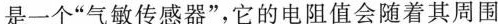
是一个“气敏传感器”，它的电阻值会随着其周围